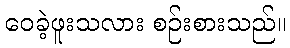
ဝေခဲ့ဖူးသလား စဉ်းစားသည်။